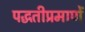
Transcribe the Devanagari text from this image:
पद्धतीप्रमाणें